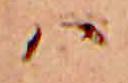
ハ